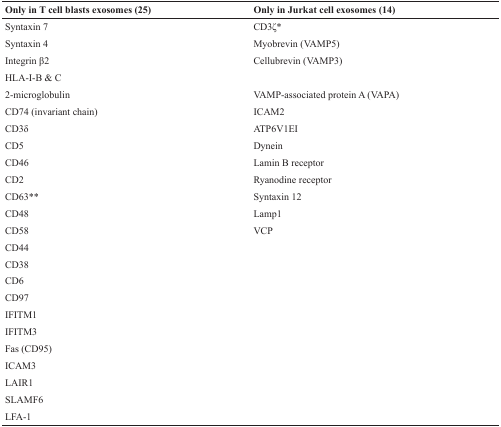
<table><thead><tr><td><b>Only in T cell blasts exosomes (25)</b></td><td><b>Only in Jurkat cell exosomes (14)</b></td></tr></thead><tbody><tr><td>Syntaxin 7</td><td>CD3ζ*</td></tr><tr><td>Syntaxin 4</td><td>Myobrevin (VAMP5)</td></tr><tr><td>Integrin β2</td><td>Cellubrevin (VAMP3)</td></tr><tr><td>HLA-I-B &amp; C</td><td>[EMPTY_CELL]</td></tr><tr><td>2-microglobulin</td><td>VAMP-associated protein A (VAPA)</td></tr><tr><td>CD74 (invariant chain)</td><td>ICAM2</td></tr><tr><td>CD3δ</td><td>ATP6V1EI</td></tr><tr><td>CD5</td><td>Dynein</td></tr><tr><td>CD46</td><td>Lamin B receptor</td></tr><tr><td>CD2</td><td>Ryanodine receptor</td></tr><tr><td>CD63**</td><td>Syntaxin 12</td></tr><tr><td>CD48</td><td>Lamp1</td></tr><tr><td>CD58</td><td>VCP</td></tr><tr><td>CD44</td><td>[EMPTY_CELL]</td></tr><tr><td>CD38</td><td>[EMPTY_CELL]</td></tr><tr><td>CD6</td><td>[EMPTY_CELL]</td></tr><tr><td>CD97</td><td>[EMPTY_CELL]</td></tr><tr><td>IFITM1</td><td>[EMPTY_CELL]</td></tr><tr><td>IFITM3</td><td>[EMPTY_CELL]</td></tr><tr><td>Fas (CD95)</td><td>[EMPTY_CELL]</td></tr><tr><td>ICAM3</td><td>[EMPTY_CELL]</td></tr><tr><td>LAIR1</td><td>[EMPTY_CELL]</td></tr><tr><td>SLAMF6</td><td>[EMPTY_CELL]</td></tr><tr><td>LFA-1</td><td>[EMPTY_CELL]</td></tr></tbody></table>